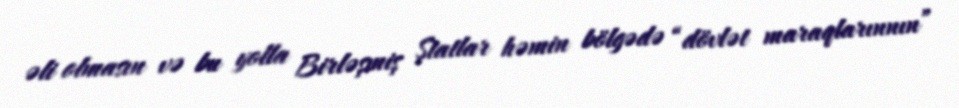
əli olmasın və bu yolla Birləşmiş Ştatlar həmin bölgədə “dövlət maraqlarınnın”